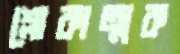
শ্লোকাত্মক